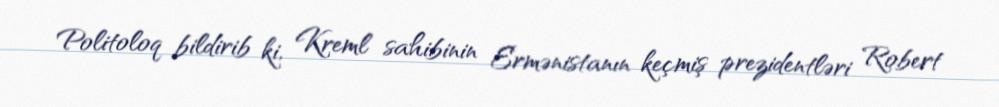
Politoloq bildirib ki, Kreml sahibinin Ermənistanın keçmiş prezidentləri Robert